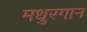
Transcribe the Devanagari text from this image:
मधुरगान